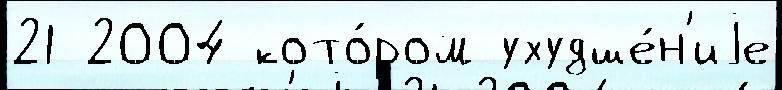
21 2004 кото́ром ухудше́н'иjе